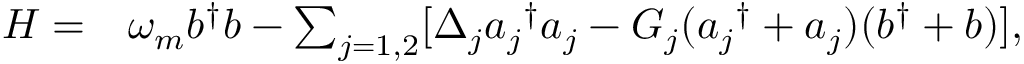
\begin{array} { r l } { H = } & { { } \omega _ { m } b ^ { \dagger } b - \sum _ { j = 1 , 2 } [ \Delta _ { j } { a _ { j } } ^ { \dagger } a _ { j } - G _ { j } ( { a _ { j } } ^ { \dagger } + a _ { j } ) ( b ^ { \dagger } + b ) ] , } \end{array}